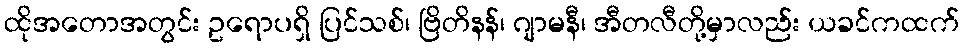
ထိုအတောအတွင်း ဥရောပရှိ ပြင်သစ်၊ ဗြိတိနန်၊ ဂျာမနီ၊ အီတလီတို့မှာလည်း ယခင်ကထက်